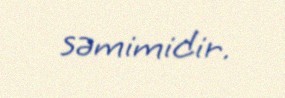
səmimidir.